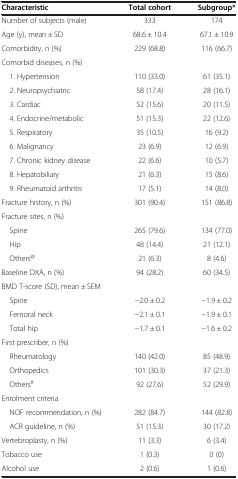
<table><thead><tr><td><b>Characteristic</b></td><td><b>Total cohort</b></td><td><b>Subgroup*</b></td></tr></thead><tbody><tr><td>Number of subjects (male)</td><td>333</td><td>174</td></tr><tr><td>Age (y), mean ± SD</td><td>68.6 ± 10.4</td><td>67.1 ± 10.9</td></tr><tr><td>Comorbidity, n (%)</td><td>229 (68.8)</td><td>116 (66.7)</td></tr><tr><td>Comorbid diseases, n (%)</td><td> </td><td> </td></tr><tr><td> 1. Hypertension</td><td>110 (33.0)</td><td>61 (35.1)</td></tr><tr><td> 2. Neuropsychiatric</td><td>58 (17.4)</td><td>28 (16.1)</td></tr><tr><td> 3. Cardiac</td><td>52 (15.6)</td><td>20 (11.5)</td></tr><tr><td> 4. Endocrine/metabolic</td><td>51 (15.3)</td><td>22 (12.6)</td></tr><tr><td> 5. Respiratory</td><td>35 (10.5)</td><td>16 (9.2)</td></tr><tr><td> 6. Malignancy</td><td>23 (6.9)</td><td>12 (6.9)</td></tr><tr><td> 7. Chronic kidney disease</td><td>22 (6.6)</td><td>10 (5.7)</td></tr><tr><td> 8. Hepatobiliary</td><td>21 (6.3)</td><td>15 (8.6)</td></tr><tr><td> 9. Rheumatoid arthritis</td><td>17 (5.1)</td><td>14 (8.0)</td></tr><tr><td>Fracture history, n (%)</td><td>301 (90.4)</td><td>151 (86.8)</td></tr><tr><td>Fracture sites, n (%)</td><td> </td><td> </td></tr><tr><td> Spine</td><td>265 (79.6)</td><td>134 (77.0)</td></tr><tr><td> Hip</td><td>48 (14.4)</td><td>21 (12.1)</td></tr><tr><td> Others<sup>@</sup></td><td>21 (6.3)</td><td>8 (4.6)</td></tr><tr><td>Baseline DXA, n (%)</td><td>94 (28.2)</td><td>60 (34.5)</td></tr><tr><td>BMD T-score (SD), mean ± SEM</td><td> </td><td> </td></tr><tr><td> Spine</td><td>−2.0 ± 0.2</td><td>−1.9 ± 0.2</td></tr><tr><td> Femoral neck</td><td>−2.1 ± 0.1</td><td>−1.9 ± 0.1</td></tr><tr><td> Total hip</td><td>−1.7 ± 0.1</td><td>−1.6 ± 0.2</td></tr><tr><td>First prescriber, n (%)</td><td> </td><td> </td></tr><tr><td> Rheumatology</td><td>140 (42.0)</td><td>85 (48.9)</td></tr><tr><td> Orthopedics</td><td>101 (30.3)</td><td>37 (21.3)</td></tr><tr><td> Others<sup>#</sup></td><td>92 (27.6)</td><td>52 (29.9)</td></tr><tr><td>Enrolment criteria</td><td> </td><td> </td></tr><tr><td> NOF recommendation, n (%)</td><td>282 (84.7)</td><td>144 (82.8)</td></tr><tr><td> ACR guideline, n (%)</td><td>51 (15.3)</td><td>30 (17.2)</td></tr><tr><td>Vertebroplasty, n (%)</td><td>11 (3.3)</td><td>6 (3.4)</td></tr><tr><td>Tobacco use</td><td>1 (0.3)</td><td>0 (0)</td></tr><tr><td>Alcohol use</td><td>2 (0.6)</td><td>1 (0.6)</td></tr></tbody></table>